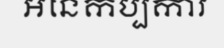
អនេកប្បការ